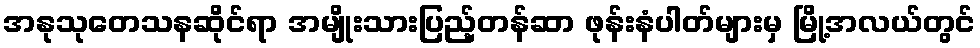
အနုသုတေသနဆိုင်ရာ အမျိုးသားပြည့်တန်ဆာ ဖုန်းနံပါတ်များမှ မြို့အလယ်တွင်